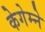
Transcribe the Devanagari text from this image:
केगेम्ने